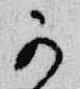
可